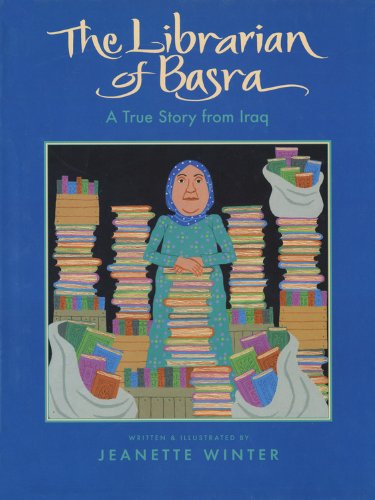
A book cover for The Librarian of Basra: A True Story from Iraq; Jeanette Winter; Children's Books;